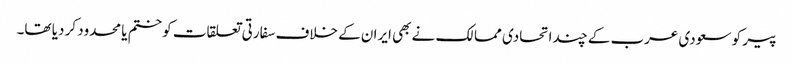
پیر کو سعودی عرب کے چند اتحادی ممالک نے بھی ایران کے خلاف سفارتی تعلقات کو ختم یا محدود کر دیا تھا۔